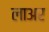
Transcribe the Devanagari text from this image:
लाअर